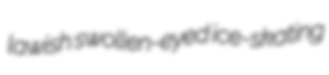
lawish swollen-eyed ice-skating